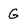
Character: G